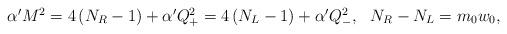
LaTeX: \begin{align*}\begin{array}{cc}\alpha ^{\prime }M^2=4\left( N_R-1\right) +\alpha ^{\prime }Q_{+}^2=4\left(N_L-1\right) +\alpha ^{\prime }Q_{-}^2, & N_R-N_L=m_0w_0,\end{array}\end{align*}